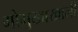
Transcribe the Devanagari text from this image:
गोमुखाखाली